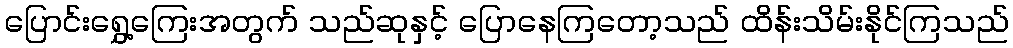
ပြောင်းရွှေ့ကြေးအတွက် သည်ဆုနှင့် ပြောနေကြတော့သည် ထိန်းသိမ်းနိုင်ကြသည်